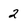
Character: 2